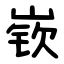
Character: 嵚